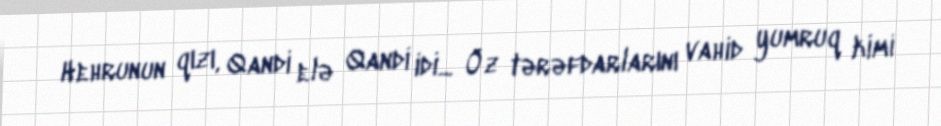
Hehrunun qızı, Qandi elə Qandi idi... Öz tərəfdarlarını vahid yumruq kimi